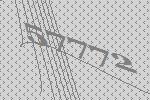
57772